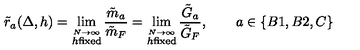
\tilde { r } _ { a } ( \Delta , h ) = \lim _ { \stackrel { N \to \infty } { h \mathrm { f i x e d } } } \frac { \tilde { m } _ { a } } { \tilde { m } _ { F } } = \lim _ { \stackrel { N \to \infty } { h \mathrm { f i x e d } } } \frac { \tilde { G } _ { a } } { \tilde { G } _ { F } } , \qquad a \in \{ B 1 , B 2 , C \}